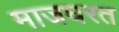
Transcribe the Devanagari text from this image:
माजघरत